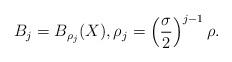
LaTeX: \begin{align*} B_j = B_{\rho_j}(X), \rho_j = \left(\frac{\sigma}{2}\right)^{j-1}\rho.\end{align*}